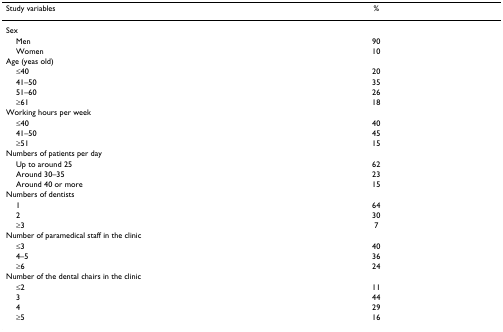
| Study variables | % |
 | --- | --- |
 | Sex |  |
 | Men | 90 |
 | Women | 10 |
 | Age (yeas old) |  |
 | ≤40 | 20 |
 | 41–50 | 35 |
 | 51–60 | 26 |
 | ≥61 | 18 |
 | Working hours per week |  |
 | ≤40 | 40 |
 | 41–50 | 45 |
 | ≥51 | 15 |
 | Numbers of patients per day |  |
 | Up to around 25 | 62 |
 | Around 30–35 | 23 |
 | Around 40 or more | 15 |
 | Numbers of dentists |  |
 | 1 | 64 |
 | 2 | 30 |
 | ≥3 | 7 |
 | Number of paramedical staff in the clinic |  |
 | ≤3 | 40 |
 | 4–5 | 36 |
 | ≥6 | 24 |
 | Number of the dental chairs in the clinic |  |
 | ≤2 | 11 |
 | 3 | 44 |
 | 4 | 29 |
 | ≥5 | 16 |